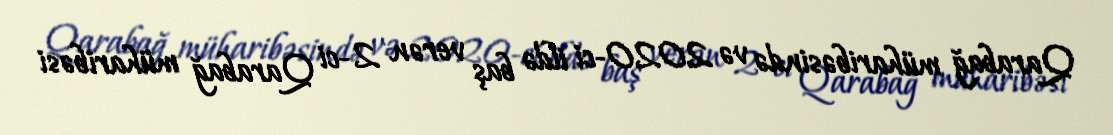
Qarabağ müharibəsində və 2020-ci ildə baş verən 2-ci Qarabağ müharibəsi